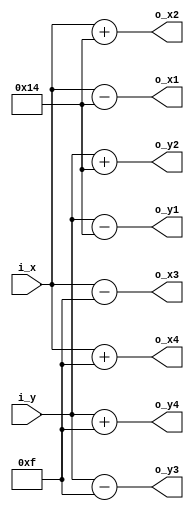
/*
   This file was generated automatically by the Mojo IDE version B1.3.6.
   Do not edit this file directly. Instead edit the original Lucid source.
   This is a temporary file and any changes made to it will be destroyed.
*/

/*
   Parameters:
     H_SIZE = 20
     V_SIZE = 20
     H2_SIZE = 15
     V2_SIZE = 15
     IX = 320
     IY = 240
     D_WIDTH = 640
     D_HEIGHT = 480
*/
module umovingsquare_64 (
    input [10:0] i_x,
    input [10:0] i_y,
    output reg [10:0] o_x1,
    output reg [10:0] o_x2,
    output reg [10:0] o_y1,
    output reg [10:0] o_y2,
    output reg [10:0] o_x3,
    output reg [10:0] o_x4,
    output reg [10:0] o_y3,
    output reg [10:0] o_y4
  );
  
  localparam H_SIZE = 5'h14;
  localparam V_SIZE = 5'h14;
  localparam H2_SIZE = 4'hf;
  localparam V2_SIZE = 4'hf;
  localparam IX = 9'h140;
  localparam IY = 8'hf0;
  localparam D_WIDTH = 10'h280;
  localparam D_HEIGHT = 9'h1e0;
  
  
  reg [10:0] x;
  
  reg [10:0] y;
  
  always @* begin
    x = i_x;
    y = i_y;
    o_x1 = x - 5'h14;
    o_x2 = x + 5'h14;
    o_y1 = y - 5'h14;
    o_y2 = y + 5'h14;
    o_x3 = x - 4'hf;
    o_x4 = x + 4'hf;
    o_y3 = y - 4'hf;
    o_y4 = y + 4'hf;
  end
endmodule